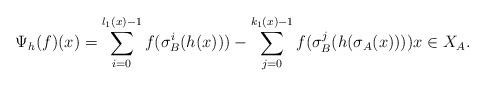
LaTeX: \begin{align*}\Psi_{h}(f)(x)= \sum_{i=0}^{l_1(x)-1} f(\sigma_B^i(h(x))) - \sum_{j=0}^{k_1(x)-1} f(\sigma_B^j(h(\sigma_A(x)))) x \in X_A. \end{align*}